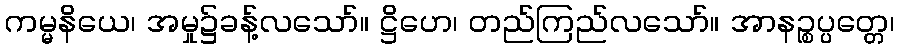
ကမ္မနိယေ၊ အမှု၌ခန့်လသော်။ ဋ္ဌိဟေ၊ တည်ကြည်လသော်။ အာနဉ္စပ္ပတ္တေ၊